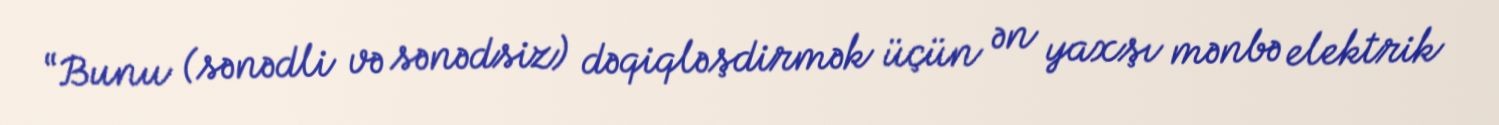
“Bunu (sənədli və sənədsiz) dəqiqləşdirmək üçün ən yaxşı mənbə elektrik